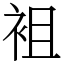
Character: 袓